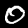
Label: 0